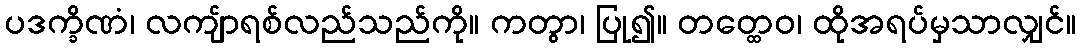
ပဒက္ခိဏံ၊ လကျ်ာရစ်လည်သည်ကို။ ကတွာ၊ ပြု၍။ တတ္ထေဝ၊ ထိုအရပ်မှသာလျှင်။